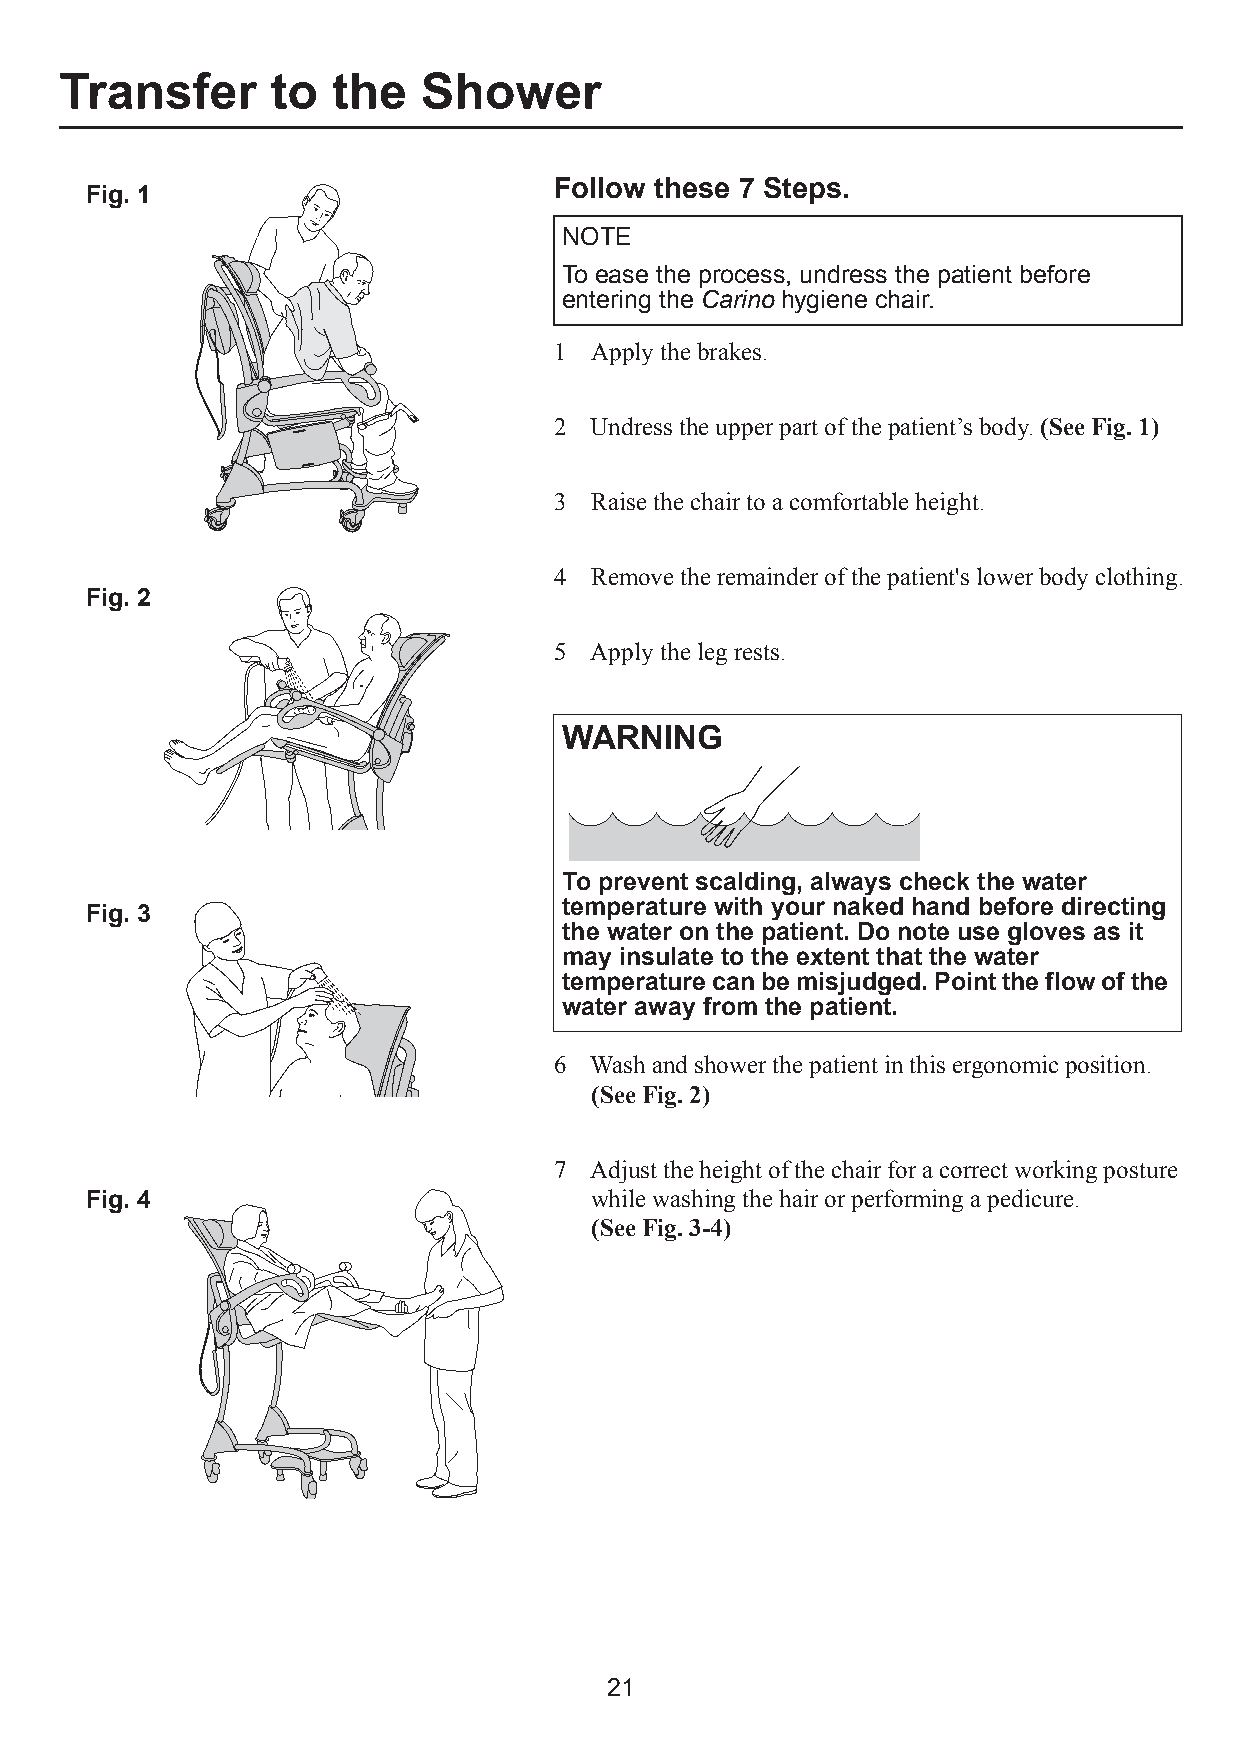
Transfer      to  the   Shower
 Follow these 7 Steps.
 Fig. 1
 NOTE
 To ease the process, undress the patient before
 entering the Carino hygiene chair.
 1 Apply the brakes.
 2 Undress the upper part of the patient’s body. (See Fig. 1)
 3 Raise the chair to a comfortable height.
 4 Remove the remainder of the patient's lower body clothing.
 Fig. 2
 5 Apply the leg rests.
 WARNING
 To prevent scalding, always check the water
 temperature with your naked hand before directing
 Fig. 3
 the water on the patient. Do note use gloves as it
 may insulate to the extent that the water
 temperature can be misjudged. Point the flow of the
 water away from the patient.
 6 Wash and shower the patient in this ergonomic position.
 (See Fig. 2)
 7 Adjust the height of the chair for a correct working posture
 Fig. 4                           while washing the hair or performing a pedicure.
 (See Fig. 3-4)
 21